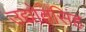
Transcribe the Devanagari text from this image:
उद्योतसिंह